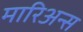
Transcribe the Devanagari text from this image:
मारिअन्स